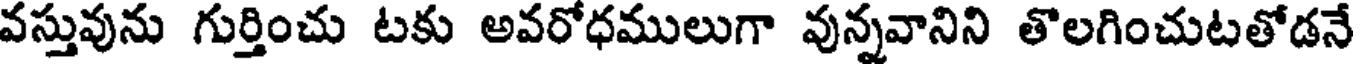
వస్తువును గుర్తించు టకు అవరోధములుగా వున్నవానిని తొలగించుటతోడనే